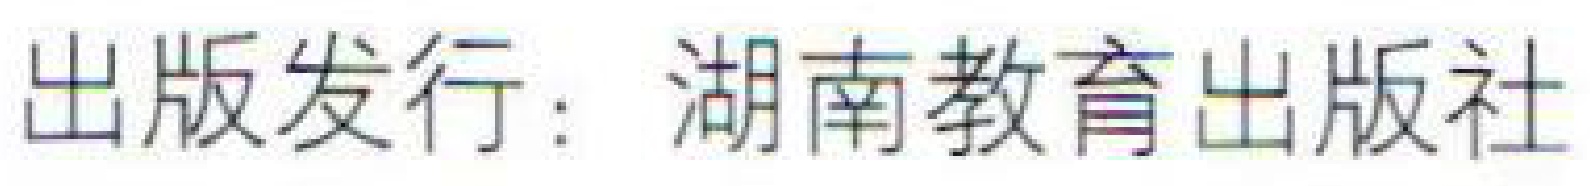
出版发行：湖南教育出版社